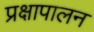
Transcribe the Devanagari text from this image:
प्रक्षापालन